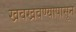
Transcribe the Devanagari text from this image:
खवखवण्यापासून